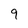
Character: 9